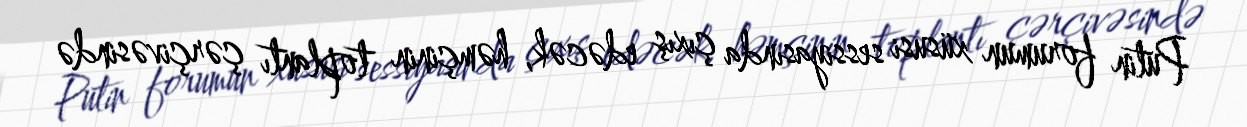
Putin forumun xüsusi sessiyasında çıxış edəcək, həmçinin toplantı çərçivəsində